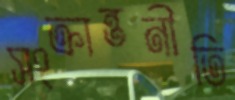
সংক্রান্তনীতি